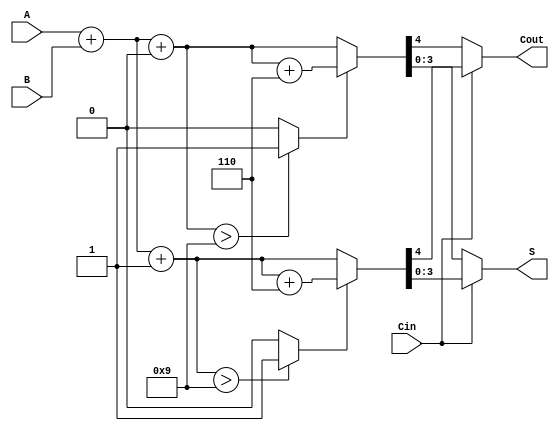
module BCD_MCSA (
    input [3:0] A,      // 4-bit BCD input A
    input [3:0] B,      // 4-bit BCD input B
    input Cin,          // Carry-in
    output reg [3:0] S, // 4-bit BCD sum output
    output reg Cout     // Carry-out
);

    wire [4:0] S0;      // Sum with Cin = 0
    wire [4:0] S1;      // Sum with Cin = 1
    wire C0, C1;        // Carry-out for Cin = 0 and Cin = 1
    wire [4:0] S0_corrected, S1_corrected; // Corrected sums

    // Calculate preliminary sums
    assign S0 = A + B + 0; // Sum with Cin = 0
    assign S1 = A + B + 1; // Sum with Cin = 1

    // Determine carry-out for both cases
    assign C0 = (S0 > 9) ? 1 : 0; // Carry-out if S0 exceeds 9
    assign C1 = (S1 > 9) ? 1 : 0; // Carry-out if S1 exceeds 9

    // BCD correction logic
    assign S0_corrected = (C0) ? S0 + 6 : S0; // Correct S0 if needed
    assign S1_corrected = (C1) ? S1 + 6 : S1; // Correct S1 if needed

    // Select the appropriate sum and carry-out based on Cin
    always @(*) begin
        if (Cin) begin
            S = S1_corrected[3:0]; // Select S1 if Cin = 1
            Cout = S1_corrected[4]; // Carry-out from S1
        end else begin
            S = S0_corrected[3:0]; // Select S0 if Cin = 0
            Cout = S0_corrected[4]; // Carry-out from S0
        end
    end

endmodule